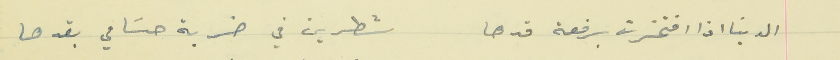
الدنيا اذا افتخترت برفعة قدها                    شطرين في ضربة حسَامي بقدها